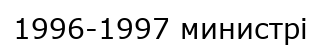
1996-1997 министрі